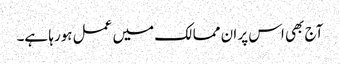
آج بھی اس پر ان ممالک میں عمل ہورہا ہے۔